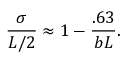
\frac { \sigma } { L / 2 } \approx 1 - \frac { . 6 3 } { b L } .